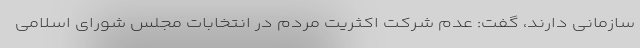
سازمانی دارند، گفت: عدم شرکت اکثریت مردم در انتخابات مجلس شورای اسلامی